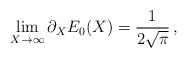
\begin{align*}\lim_{X\rightarrow\infty}\partial_{X}E_{0}(X)={1\over{2\sqrt{\pi}}}\, ,\end{align*}